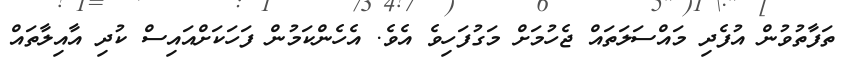
ތަފާތުވުން އުފެދި މައްސަލަތައް ޖެހުމަށް މަގުފަހިވެ އެވެ. އެހެންކަމުން ފަހަކަށްއައިސް ކުދި އާއިލާތައް